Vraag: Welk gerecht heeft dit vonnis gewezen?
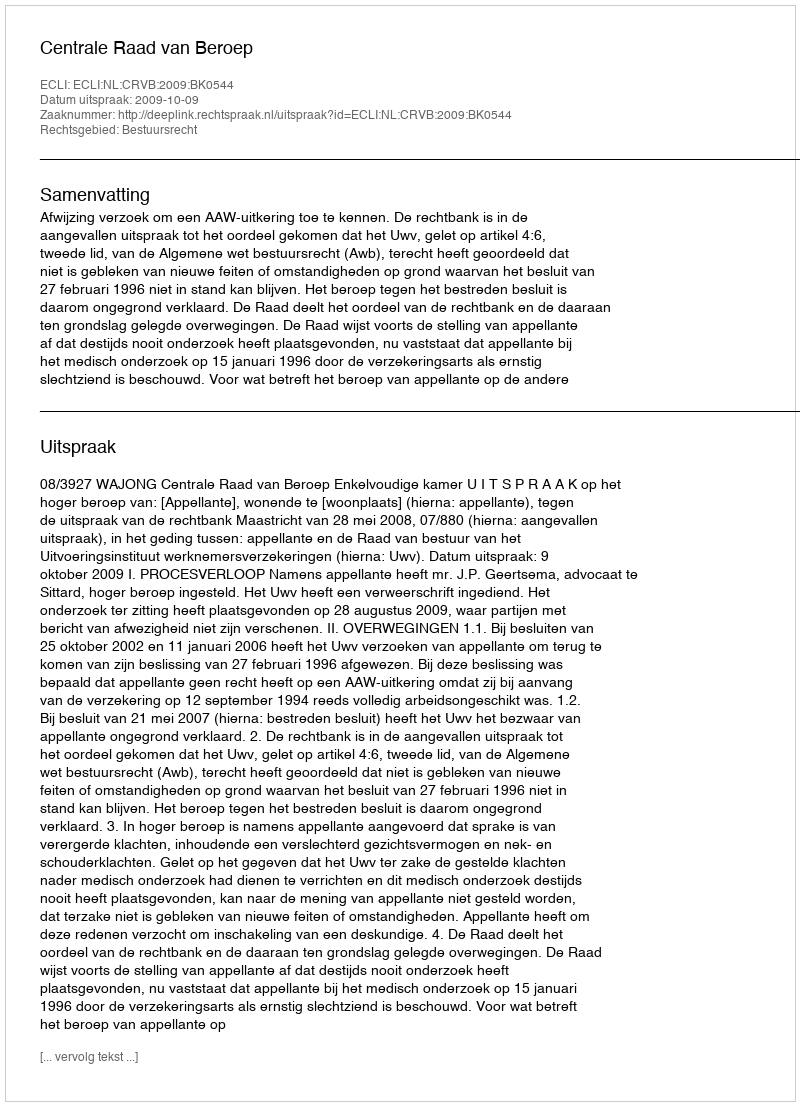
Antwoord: Centrale Raad van Beroep